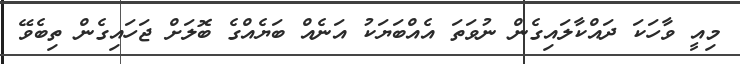
މިއީ ވާހަކަ ދައްކާލައިގެން ނުވަތަ އެއްބަޔަކު އަނެއް ބަޔެއްގެ ބޮލަށް ޖަހައިގެން ތިބެވޭ